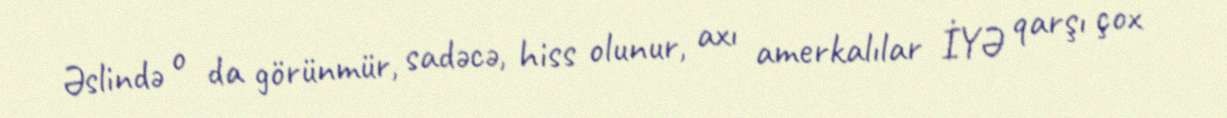
Əslində o da görünmür, sadəcə, hiss olunur, axı amerkalılar İYƏ qarşı çox